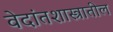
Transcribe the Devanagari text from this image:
वेदांतशास्त्रातील